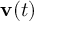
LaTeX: \mathbf { v } ( t )